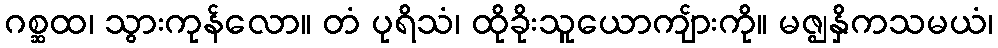
ဂစ္ဆထ၊ သွားကုန်လော။ တံ ပုရိသံ၊ ထိုခိုးသူယောကျ်ားကို။ မဇ္ဈနှိကသမယံ၊